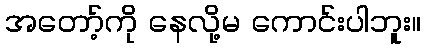
အတော့်ကို နေလို့မ ကောင်းပါဘူး။